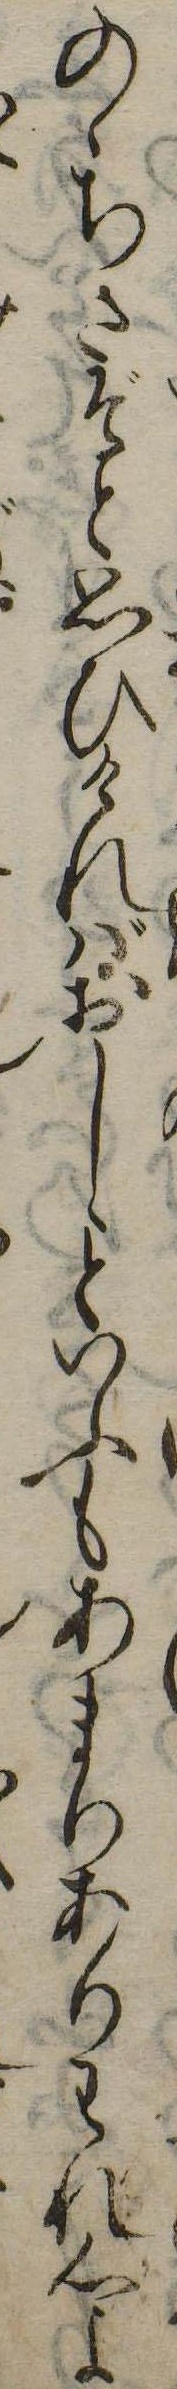
のゝちさぞと思ひければおしといふもあまりありわれ心よ